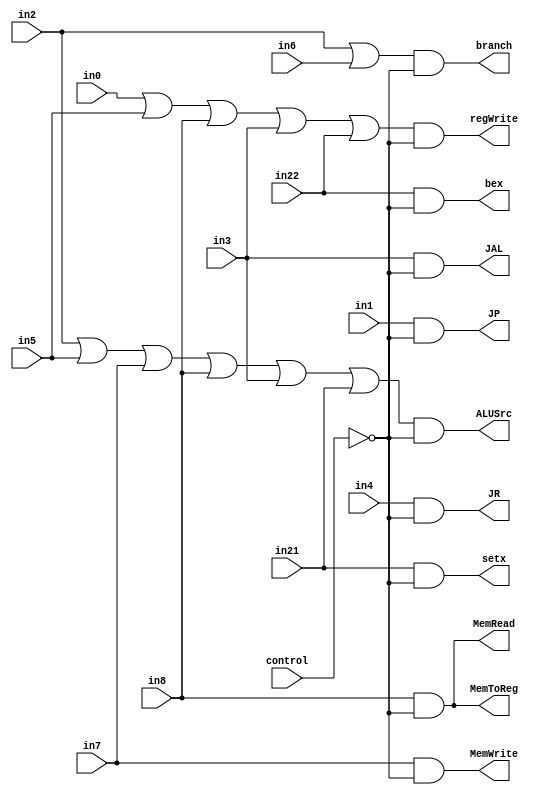
module controller(in0, in1, in2, in3, in4, in5, in6, in7, in8, in21, in22, control, regWrite, ALUSrc, 
                  branch, JP, JR, JAL, MemRead, MemWrite,MemToReg,bex, setx);

		input in0, in1, in2,	in3, in4, in5, in6, in7, in8, in21, in22, control;
		wire regWrite1, ALUSrc1, branch1, JP1, JR1, JAL1, MemRead1, MemWrite1, MemToReg1, bex1, setx1;
		output regWrite,  ALUSrc,  branch, bex, JP,  JR,  JAL,  MemRead,  MemWrite,  MemToReg, setx;			
		//think about what other signals you may need
		//passed down in the latch? 

	        or or1(regWrite1, in0, in5, in8, in3, in22);	 //R, addi, lw		//noop acts like an R instruction			
		or or2(ALUSrc1, in2, in5, in7, in8, in3, in21); //bne, addi, sw, lw, jal
		or or3(branch1, in2, in6); //bne, blt
		or or4(JP1, in1, 1'b0);	//j		
		or or5(JR1, in4, 1'b0); //jr
		or or6(JAL1, in3, 1'b0); //jal
		or or7(MemRead1, in8, 1'b0); //lw
		or or8(MemWrite1, in7, 1'b0); //sw
		or or9(MemToReg1, in8, 1'b0);	//lw	
		or or10(bex1, in22, 1'b0); //bex
		or or11(setx1, in21, 1'b0);//setx

		//using and gates instead of assign, should be faster

		wire control_not;
		not(control_not, control);
		and and2(regWrite, regWrite1, control_not);
		and and3(ALUSrc, ALUSrc1, control_not);
		and and4(branch, branch1, control_not);
		and and5(JP, JP1, control_not);
		and and6(JR, JR1, control_not);
		and and7(JAL, JAL1, control_not);
		and and8(MemRead, MemRead1, control_not);
		and and9(MemWrite, MemWrite1, control_not);
		and and10(MemToReg, MemToReg1, control_not);
		and and11(bex, bex1, control_not); //bex
      and and12(setx, setx1, control_not); 

			
endmodule